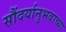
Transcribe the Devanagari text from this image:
सौंदर्यानुभवाच्या